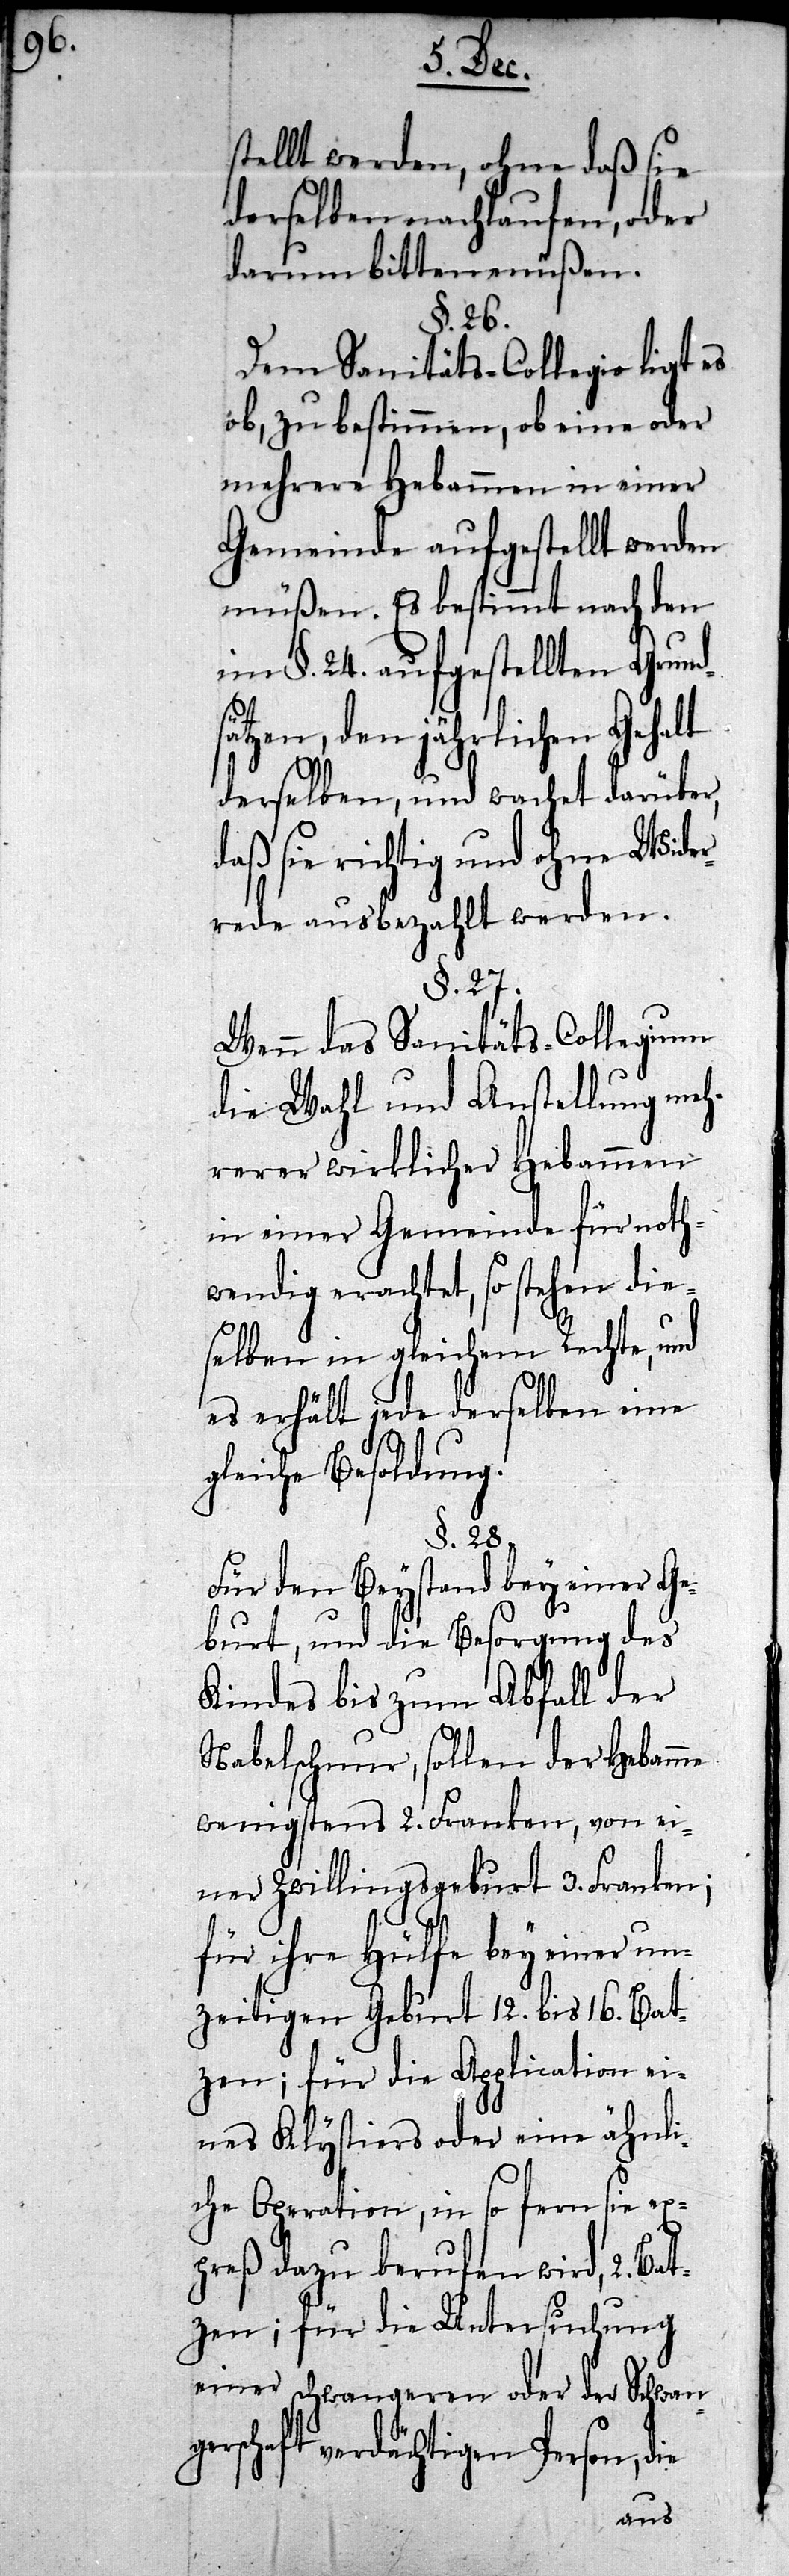
stellt werden, ohne daß sie
derselben nachlaufen, oder
darum bitten müßen.
§. 26.
Dem Sanitäts-Collegio ligt es
ob, zu bestimmen, ob eine oder
mehrere Hebammen in einer
Gemeinde aufgestellt werden
müßen. Es bestimmt nach den
in §. 24. aufgestellten Grunds¬
ätzen, den jährlichen Geh¬
derselben, und wachet darüber,
daß sie richtig und ohne Wide¬
rrede ausbezahlt werden.
§. 27.
Wenn das Sanitäts-Collegium
die Wahl und Anstellung meh¬
rerer wirklicher Hebammen
in einer Gemeinde für noth¬
wendig erachtet, so stehen die¬
selben in gleichem Rechte, und
es erhält jede derselben
gleiche Besoldung.
§. 28.
Für den Beystand bey einer Ge¬
burt, und die Besorgung des
Kindes bis zum Abfall der
Nabelschnur, sollen der Hebamme
wenigstens 2. Franken, von ei¬
ner Zwillingsgeburt 3. Franken;
für ihre Hülfe bey einer un¬
zeitigen Geburt 12. bis 16. Bat¬
zen; für die Application ei¬
nes Klystiers oder eine ähnli¬
che Operation, in so fern sie ex¬
preß dazu berufen wird, 2. Ba¬
tzen; für die Untersuchung
einer schwangeren oder der Schwan¬
gerschaft verdächtigen Person, die
alt